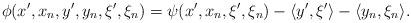
LaTeX: \begin{align*}\phi(x', x_n, y', y_n, \xi', \xi_n)= \psi(x', x_n, \xi', \xi_n)- \langle y', \xi'\rangle- \langle y_n, \xi_n\rangle. \end{align*}